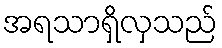
အရသာရှိလှသည်